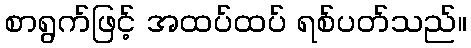
စာရွက်ဖြင့် အထပ်ထပ် ရစ်ပတ်သည်။